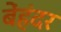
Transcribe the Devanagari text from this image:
बेंहंदर